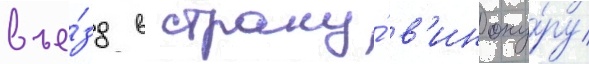
въе́зд в страну́ в'иноку́ру